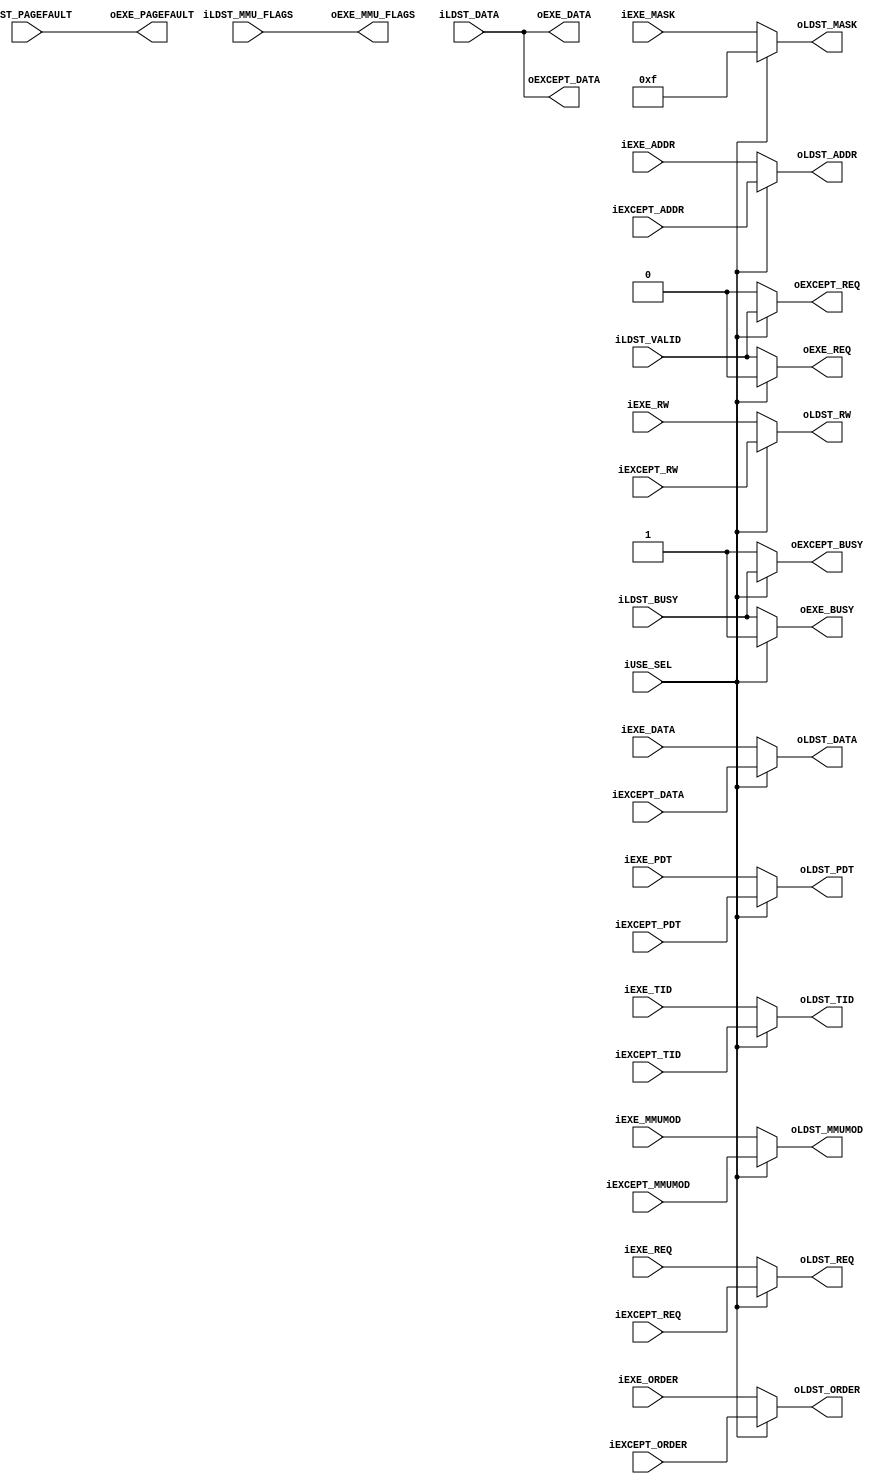
module losd_store_pipe_arbiter(
		output wire oLDST_REQ,
		input wire iLDST_BUSY,	
		output wire [1:0] oLDST_ORDER,	//00=Byte Order 01=2Byte Order 10= Word Order 11= None
		output wire [3:0] oLDST_MASK,
		output wire oLDST_RW,		//0=Read 1=Write
		output wire [13:0] oLDST_TID,
		output wire [1:0] oLDST_MMUMOD,
		output wire [31:0] oLDST_PDT,	
		output wire [31:0] oLDST_ADDR,
		output wire [31:0] oLDST_DATA,
		input wire iLDST_VALID,
		input wire iLDST_PAGEFAULT,
		input wire [13:0] iLDST_MMU_FLAGS,
		input wire [31:0] iLDST_DATA,
		//Selector
		input wire iUSE_SEL,		//0:Execution | 1:Exception
		//Execution Module
		input wire iEXE_REQ,
		output wire oEXE_BUSY,
		input wire [1:0] iEXE_ORDER,	//00=Byte Order 01=2Byte Order 10= Word Order 11= None
		input wire [3:0] iEXE_MASK,
		input wire iEXE_RW,		//0=Read 1=Write
		input wire [13:0] iEXE_TID,
		input wire [1:0] iEXE_MMUMOD,
		input wire [31:0] iEXE_PDT,
		input wire [31:0] iEXE_ADDR,
		input wire [31:0] iEXE_DATA,
		output wire oEXE_REQ,
		output wire oEXE_PAGEFAULT,
		output wire [13:0] oEXE_MMU_FLAGS,
		output wire [31:0] oEXE_DATA,
		//Exception Module
		input wire iEXCEPT_REQ,
		output wire oEXCEPT_BUSY,
		input wire [1:0] iEXCEPT_ORDER,	//00=Byte Order 01=2Byte Order 10= Word Order 11= None
		input wire iEXCEPT_RW,		//0=Read 1=Write
		input wire [13:0] iEXCEPT_TID,
		input wire [1:0] iEXCEPT_MMUMOD,
		input wire [31:0] iEXCEPT_PDT,
		input wire [31:0] iEXCEPT_ADDR,
		input wire [31:0] iEXCEPT_DATA,
		output wire oEXCEPT_REQ,
		output wire [31:0] oEXCEPT_DATA
	);

	
	
	//Output Port
	assign oLDST_REQ = (iUSE_SEL)? iEXCEPT_REQ : iEXE_REQ;
	assign oLDST_ORDER = (iUSE_SEL)? iEXCEPT_ORDER : iEXE_ORDER;
	assign oLDST_MASK = (iUSE_SEL)? 4'hf : iEXE_MASK;
	assign oLDST_RW = (iUSE_SEL)? iEXCEPT_RW : iEXE_RW;
	assign oLDST_TID = (iUSE_SEL)? iEXCEPT_TID : iEXE_TID;		
	assign oLDST_MMUMOD = (iUSE_SEL)? iEXCEPT_MMUMOD : iEXE_MMUMOD;		
	assign oLDST_PDT = (iUSE_SEL)? iEXCEPT_PDT : iEXE_PDT;
	assign oLDST_ADDR = (iUSE_SEL)? iEXCEPT_ADDR : iEXE_ADDR;
	assign oLDST_DATA = (iUSE_SEL)? iEXCEPT_DATA : iEXE_DATA;
	
	//Exception Unit
	assign oEXCEPT_BUSY	= (iUSE_SEL)? iLDST_BUSY  : 1'b1;
	assign oEXCEPT_REQ = (iUSE_SEL)? iLDST_VALID : 1'b0;
	assign oEXCEPT_DATA	= iLDST_DATA;
	
	//ALU-LoadStore Unit
	assign oEXE_BUSY = (iUSE_SEL)? 1'b1 : iLDST_BUSY;
	assign oEXE_REQ = (iUSE_SEL)? 1'b0 : iLDST_VALID;
	assign oEXE_PAGEFAULT = iLDST_PAGEFAULT;
	assign oEXE_MMU_FLAGS = iLDST_MMU_FLAGS;
	assign oEXE_DATA = iLDST_DATA;
	
	
endmodule